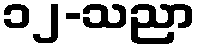
၁၂-သညာ